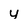
Character: y